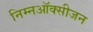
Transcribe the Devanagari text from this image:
निम्नऑक्सीजन